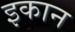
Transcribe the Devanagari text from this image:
इकान